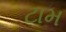
ટામ